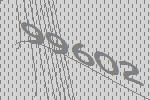
99602